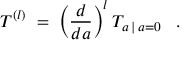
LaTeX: T ^ { ( l ) } \; = \; \left( \frac { d } { d a } \right) ^ { l } T _ { a \: | \: a = 0 } \; \; \; .